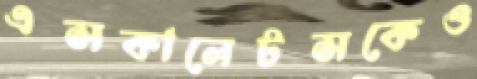
এসকালেটসকেও